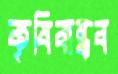
কৃষিবান্ধব